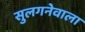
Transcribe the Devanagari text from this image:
सुलगनेवाला